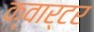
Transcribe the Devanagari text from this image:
क्‍वार्टर